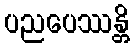
ပညပေဿန္တိ